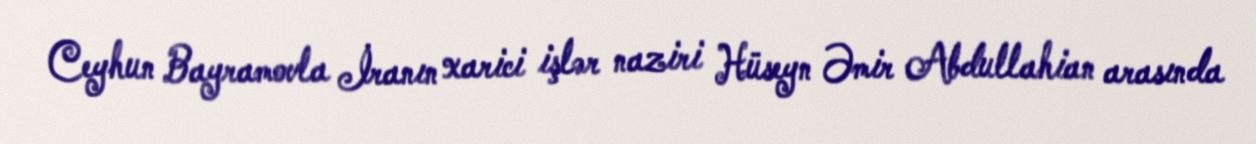
Ceyhun Bayramovla İranın xarici işlər naziri Hüseyn Əmir Abdullahian arasında